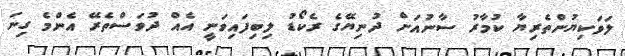
ލަވަކިޔުންތެރިޔާ ކުމާރު ސާނުއަށް ދުނިޔޭގެ ރެކޯޑު ލިބިފައިވަނީ އެއް ދުވަސްތެރޭ އެންމެ ގިނަ